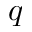
q